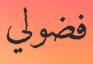
فضولي